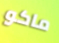
ماكو